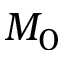
M _ { 0 }